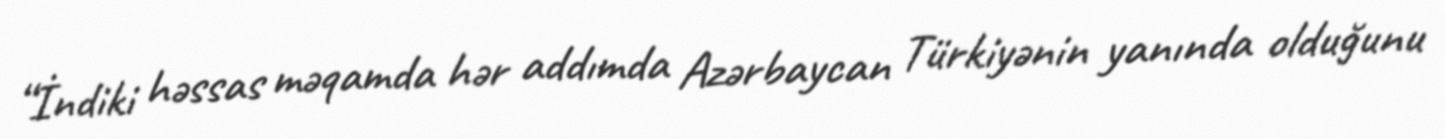
“İndiki həssas məqamda hər addımda Azərbaycan Türkiyənin yanında olduğunu